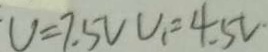
V = 7 . 5 V V _ { 1 } = 4 . 5 V